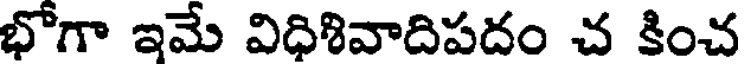
భోగా ఇమే విధిశివాదిపదం చ కించ